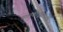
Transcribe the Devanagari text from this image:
बालकोद्गीतनिरतो